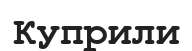
Куприли